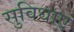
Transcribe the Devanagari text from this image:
सुविधाएं